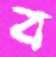
ব